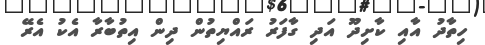
ހިތާދު އާއި ކާށިދޫ އަދި ގާފަރު ރައްޔިތުން ދިން އިތުބާރާ އެކު އެރޭ